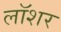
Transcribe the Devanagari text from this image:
लॉशर